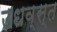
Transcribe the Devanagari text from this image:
उधव्स्त